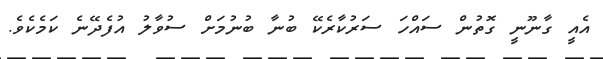
އެއީ ގާނޫނީ ގޮތުން ސައްހަ ސަރުކާރެކޭ ބުނާ ބުނުމަށް ސުވާލު އުފެދޭނެ ކަމެކެވެ.